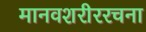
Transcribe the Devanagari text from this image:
मानवशरीररचना